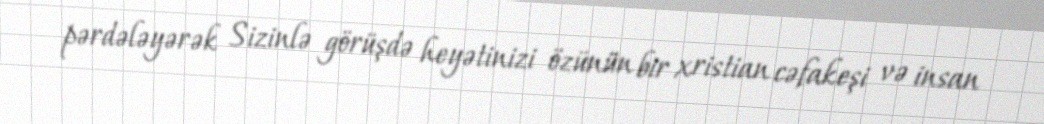
pərdələyərək Sizinlə görüşdə heyətinizi özünün bir xristian cəfakeşi və insan